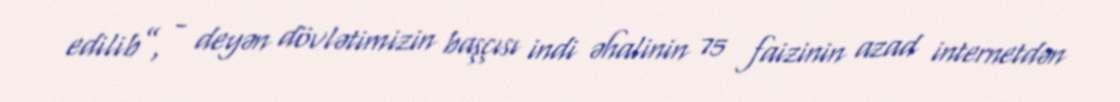
edilib”, - deyən dövlətimizin başçısı indi əhalinin 75 faizinin azad internetdən